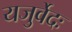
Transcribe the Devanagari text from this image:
यजुर्वेदः